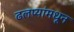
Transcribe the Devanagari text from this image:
ढलप्यांमधून